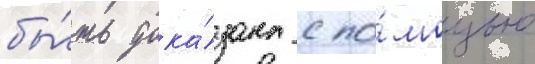
бы́ть дока́зана с по́мощью